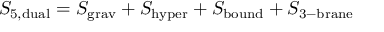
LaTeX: S _ { \mathrm { 5 , d u a l } } = S _ { \mathrm { g r a v } } + S _ { \mathrm { h y p e r } } + S _ { \mathrm { b o u n d } } + S _ { \mathrm { 3 - b r a n e } }